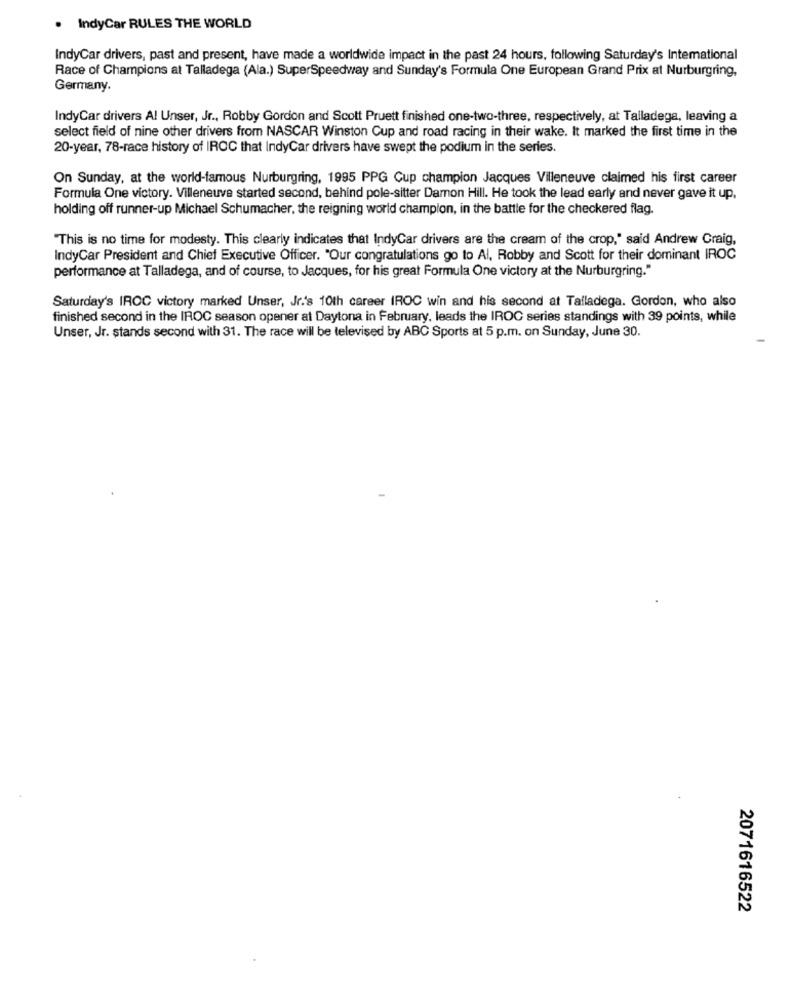
. IndyCar RULES THE WORLD
IndyCar drivers, past and present, have made a worldwide impact in the past 24 hours, following Saturday's Intemational
Race of Champions at Talladega (Ala.) SuperSpeedway and Sunday's Formula One European Grand Prix at Nurburgring,
Germany.
IndyCar drivers Al Unser, Jr ., Robby Gordon and Scott Pruett finished one-two-three, respectively, at Talladega, leaving a
select field of nine other drivers from NASCAR Winston Cup and road racing in their wake. It marked the first time in the
20-year, 78-race history of IROC that IndyCar drivers have swept the podium in the series.
On Sunday, at the world-famous Nurburgring, 1995 PPG Cup champion Jacques Villeneuve claimed his first career
Formula One victory. Villeneuve started second, behind pole-sitter Damon Hill. He took the lead early and never gave it up,
holding off runner-up Michael Schumacher, the reigning world champion, in the battle for the checkered flag.
"This is no time for modesty. This clearly indicates that IndyCar drivers are the cream of the crop," said Andrew Craig,
IndyCar President and Chief Executive Officer. "Our congratulations go to Al, Robby and Scott for their dominant IROC
performance at Talladega, and of course, to Jacques, for his great Formula One victory at the Nurburgring."
Saturday's IROC victory marked Unser, Jr.'s 10th career IROC win and his second at Talladega. Gordon, who also
finished second in the IROC season opener at Daytona in February, leads the IROC series standings with 39 points, while
Unser, Jr. stands second with 31. The race will be televised by ABC Sports at 5 p.m. on Sunday, June 30.
2071616522